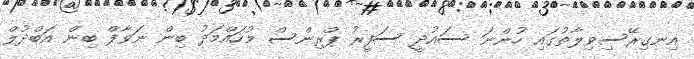
އިނގިރޭސިވިލާތުގައި ހުންނަ ސައުދީ ސަފީރު ޕްރިންސް މުހައްމަދު ބިން ނަވާފް ބިން އަބްދުލް